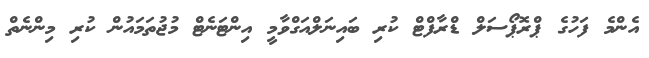
އެންމެ ފަހުގެ ޕްރޮޕޯސަލް ޑްރާފްޓް ކުރި ބައިނަލްއަގްވާމީ އިންޓަނެޓް މުޖުތަމައުން ކުރި މިންނެތް